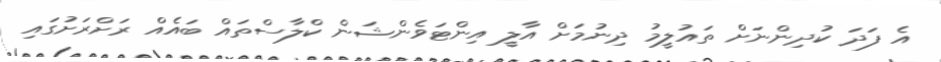
އެ ފަދަ ކުދިންނަށް ތައުލީމު ދިނުމަށް އާލީ އިންޓަވެންޝަން ކްލާސްތައް ބައެއް ރަށްރަށުގައި